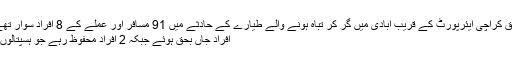
تفصیلات کے مطابق کراچی ایئرپورٹ کے قریب آبادی میں گر کر تباہ ہونے والے طیارے کے حادثے میں 91 مسافر اور عملے کے 8 افراد سوار تھے جن میں سے 97
افراد جاں بحق ہوئے جبکہ 2 افراد محفوظ رہے جو ہسپتالوں میں زیرِ علاج ہیں۔